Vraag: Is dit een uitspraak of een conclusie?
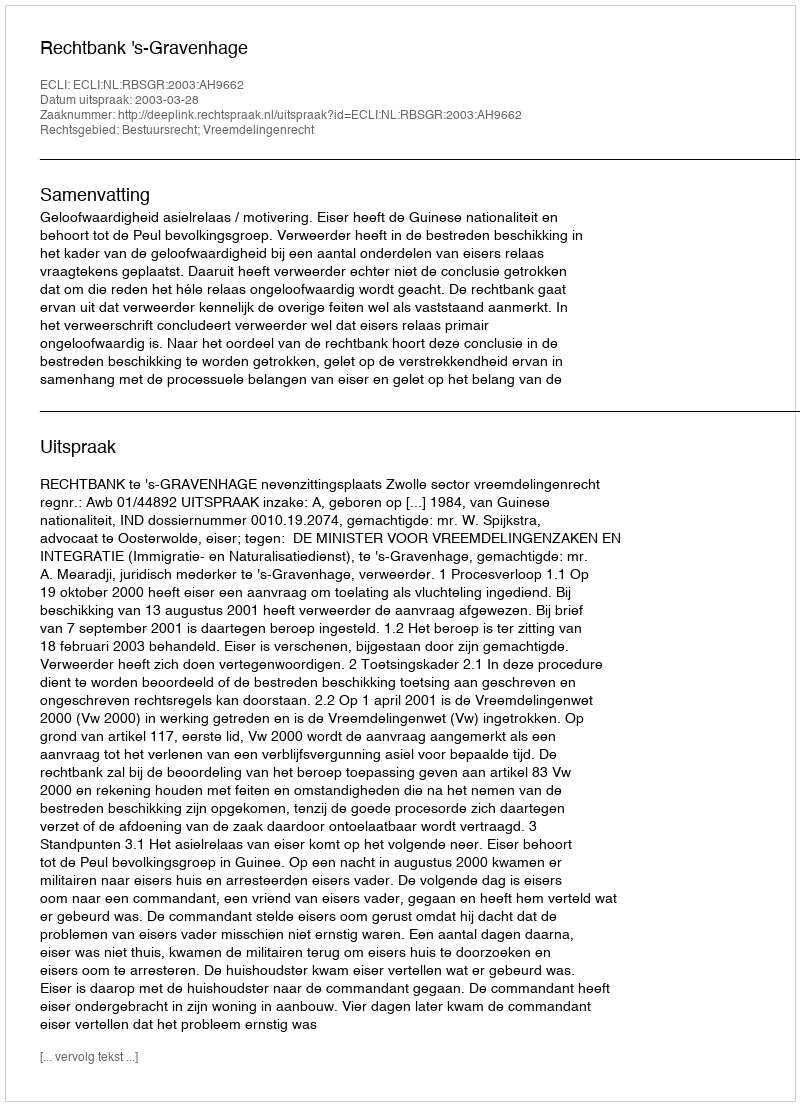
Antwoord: Uitspraak